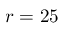
r = 2 5